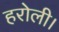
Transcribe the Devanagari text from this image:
हरोली।